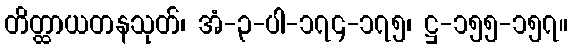
တိတ္ထာယတနသုတ်၊ အံ-၃-ပါ-၁၇၄-၁၇၅၊ ဋ္ဌ-၁၅၅-၁၅၇။